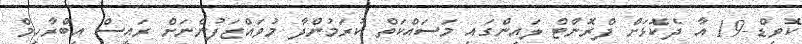
ކޮވިޑް-19 އާ ދެކޮޅަށް ފްރޮންޓް ލައިންގައި މަސައްކަތް ކުރަމުންދާ މުވައްޒަފުންނަށް ރައީސް އިބްރާހިމް